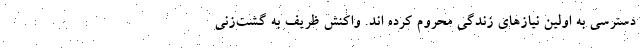
دسترسی به اولین نیازهای زندگی محروم کرده اند. واکنش ظریف به گشت‌زنی